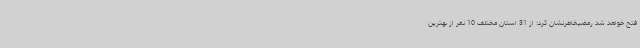
فتح خواهد شد رمضیخاطرنشان کرد: از 31 استان مختلف 10 نفر از بهترین